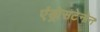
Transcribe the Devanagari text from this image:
एंड्रोसटेनोन